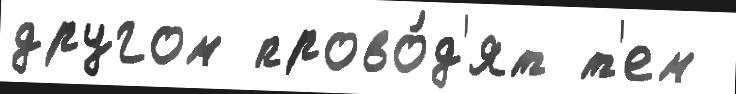
другом прово́д'ят т'ем